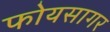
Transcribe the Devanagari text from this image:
फोयसागर